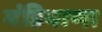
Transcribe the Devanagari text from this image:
मंडियाणा